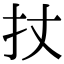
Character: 扙